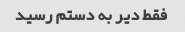
فقط دیر به دستم رسید